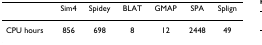
<table><thead><tr><td></td><td><b>Sim4</b></td><td><b>Spidey</b></td><td><b>BLAT</b></td><td><b>GMAP</b></td><td><b>SPA</b></td><td><b>Splign</b></td></tr></thead><tbody><tr><td>CPU hours</td><td>856</td><td>698</td><td>8</td><td>12</td><td>2448</td><td>49</td></tr></tbody></table>